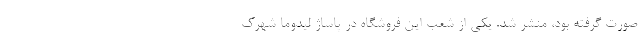
صورت گرفته بود، منشر شد. یکی از شعب این فروشگاه در پاساژ لیدوما شهرک